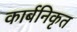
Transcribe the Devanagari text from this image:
कार्बनिकृत